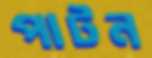
পাটন